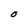
Character: O